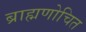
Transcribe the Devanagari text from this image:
ब्राह्मणोचित